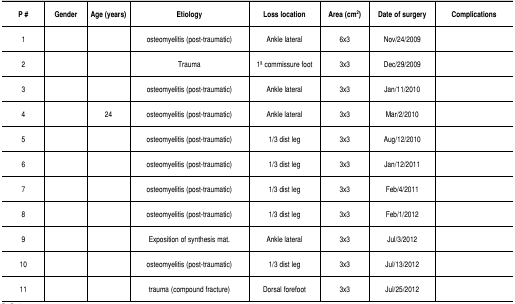
<table><thead><tr><td><b>P #</b></td><td><b>Gender</b></td><td><b>Age (years)</b></td><td><b>Etiology</b></td><td><b>Loss location</b></td><td><b>Area (cm<sup>2</sup>)</b></td><td><b>Date of surgery</b></td><td><b>Complications</b></td></tr></thead><tbody><tr><td>1</td><td>[EMPTY_CELL]</td><td>[EMPTY_CELL]</td><td>osteomyelitis (post-traumatic)</td><td>Ankle lateral</td><td>6x3</td><td>Nov/24/2009</td><td>[EMPTY_CELL]</td></tr><tr><td>2</td><td>[EMPTY_CELL]</td><td>[EMPTY_CELL]</td><td>Trauma</td><td>1a commissure foot</td><td>3x3</td><td>Dec/29/2009</td><td>[EMPTY_CELL]</td></tr><tr><td>3</td><td>[EMPTY_CELL]</td><td>[EMPTY_CELL]</td><td>osteomyelitis (post-traumatic)</td><td>Ankle lateral</td><td>3x3</td><td>Jan/11/2010</td><td>[EMPTY_CELL]</td></tr><tr><td>4</td><td>[EMPTY_CELL]</td><td>24</td><td>osteomyelitis (post-traumatic)</td><td>Ankle lateral</td><td>3x3</td><td>Mar/2/2010</td><td>[EMPTY_CELL]</td></tr><tr><td>5</td><td>[EMPTY_CELL]</td><td>[EMPTY_CELL]</td><td>osteomyelitis (post-traumatic)</td><td>1/3 dist leg</td><td>3x3</td><td>Aug/12/2010</td><td>[EMPTY_CELL]</td></tr><tr><td>6</td><td>[EMPTY_CELL]</td><td>[EMPTY_CELL]</td><td>osteomyelitis (post-traumatic)</td><td>1/3 dist leg</td><td>3x3</td><td>Jan/12/2011</td><td>[EMPTY_CELL]</td></tr><tr><td>7</td><td>[EMPTY_CELL]</td><td>[EMPTY_CELL]</td><td>osteomyelitis (post-traumatic)</td><td>1/3 dist leg</td><td>3x3</td><td>Feb/4/2011</td><td>[EMPTY_CELL]</td></tr><tr><td>8</td><td>[EMPTY_CELL]</td><td>[EMPTY_CELL]</td><td>osteomyelitis (post-traumatic)</td><td>1/3 dist leg</td><td>3x3</td><td>Feb/1/2012</td><td>[EMPTY_CELL]</td></tr><tr><td>9</td><td>[EMPTY_CELL]</td><td>[EMPTY_CELL]</td><td>Exposition ofsynthesis mat. </td><td>Ankle lateral</td><td>3x3</td><td>Jul/3/2012</td><td>[EMPTY_CELL]</td></tr><tr><td>10</td><td>[EMPTY_CELL]</td><td>[EMPTY_CELL]</td><td>osteomyelitis (post-traumatic)</td><td>1/3 dist leg</td><td>3x3</td><td>Jul/13/2012</td><td>[EMPTY_CELL]</td></tr><tr><td>11</td><td>[EMPTY_CELL]</td><td>[EMPTY_CELL]</td><td>trauma(compound fracture) </td><td>Dorsalforefoot</td><td>3x3</td><td>Jul/25/2012</td><td>[EMPTY_CELL]</td></tr></tbody></table>